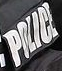
POLICE